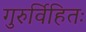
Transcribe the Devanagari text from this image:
गुरुर्विहितः